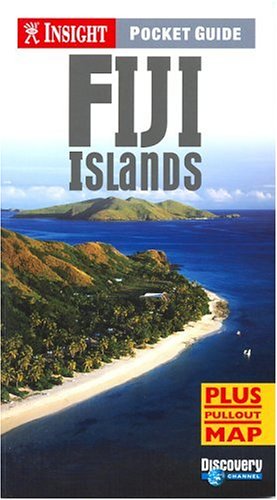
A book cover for Fiji (Insight Pocket Guide Fiji); Insight Guides; Travel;